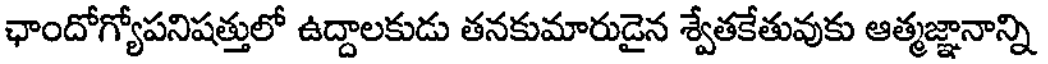
ఛాందోగ్యోపనిషత్తులో ఉద్దాలకుడు తనకుమారుడైన శ్వేతకేతువుకు ఆత్మజ్ఞానాన్ని